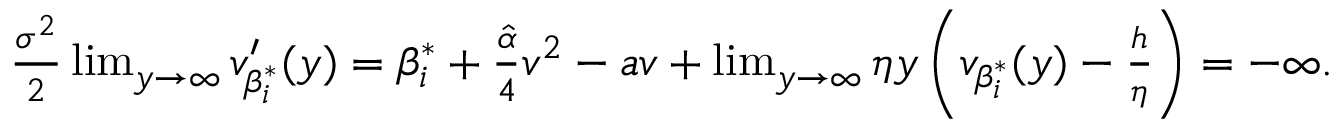
\begin{array} { r } { \frac { \sigma ^ { 2 } } { 2 } \operatorname* { l i m } _ { y \rightarrow \infty } v _ { \beta _ { i } ^ { * } } ^ { \prime } ( y ) = \beta _ { i } ^ { * } + \frac { \hat { \alpha } } { 4 } v ^ { 2 } - a v + \operatorname* { l i m } _ { y \rightarrow \infty } \eta y \left( v _ { \beta _ { i } ^ { * } } ( y ) - \frac { h } { \eta } \right) = - \infty . } \end{array}